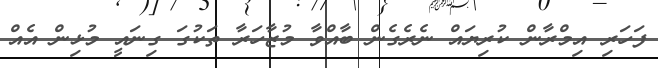
ފަހަރި އިމްރާން ކުރިޔައް ނެރެގެން ބާއްވާ މުޒާހަރާ ތަކުގަ ގިނައީ މުޅިން އެއް